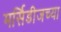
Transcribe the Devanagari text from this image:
मर्सिडीजच्या